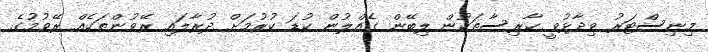
މިނިސްޓަރު ވިދާޅުވީ ކާރިސާތަކުން ލިބޭން ގެއްލުން ކުޑަ ކުރުމަށް ދުރާލައި ރޭވުންތަކެއް ރޭވުމުގެ